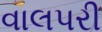
વાલપરી